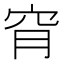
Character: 𥥃